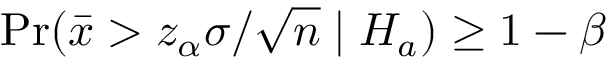
\operatorname* { P r } ( { \bar { x } } > z _ { \alpha } \sigma / { \sqrt { n } } \mid H _ { a } ) \geq 1 - \beta